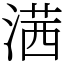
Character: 𣺋